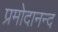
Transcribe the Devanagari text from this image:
प्रमोदानन्द